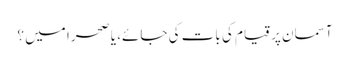
آسمان پر قیام کی بات کی جائے، یا صحرا میں ؟